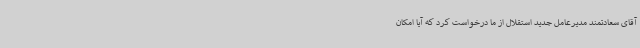
آقای سعادتمند مدیرعامل جدید استقلال از ما درخواست کرد که آیا امکان